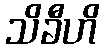
သိခီဟိ